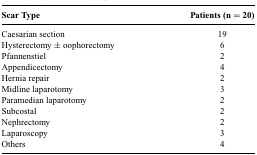
| Scar Type | Patients (n = 20) |
 | --- | --- |
 | Caesarian section | 19 |
 | Hysterectomy ± oophorectomy | 6 |
 | Pfannenstiel | 2 |
 | Appendicectomy | 4 |
 | Hernia repair | 2 |
 | Midline laparotomy | 3 |
 | Paramedian laparotomy | 2 |
 | Subcostal | 2 |
 | Nephrectomy | 2 |
 | Laparoscopy | 3 |
 | Others | 4 |